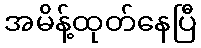
အမိန့်ထုတ်နေပြီ